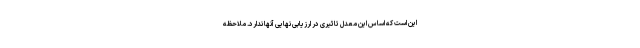
این است که اساس این معدل تاثیری در ارزیابی نهایی آنها ندارد. ملاحظه